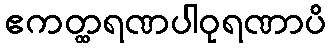
ဧကတ္ထရဏပါဝုရဏာပိ